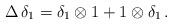
LaTeX: \begin{align*}\Delta \, \delta_1 = \delta_1 \otimes 1 + 1 \otimes \delta_1 \, . \end{align*}